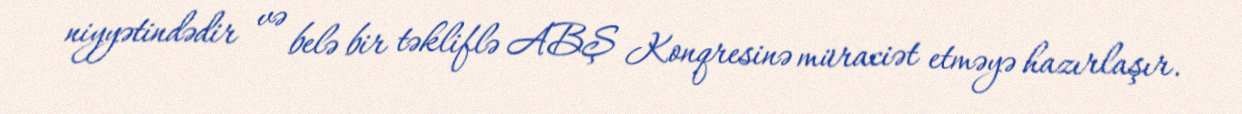
niyyətindədir və belə bir təkliflə ABŞ Konqresinə müraciət etməyə hazırlaşır.